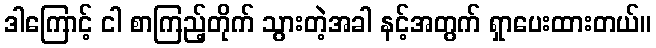
ဒါကြောင့် ငါ စာကြည့်တိုက် သွားတဲ့အခါ နင့်အတွက် ရှာပေးထားတယ်။